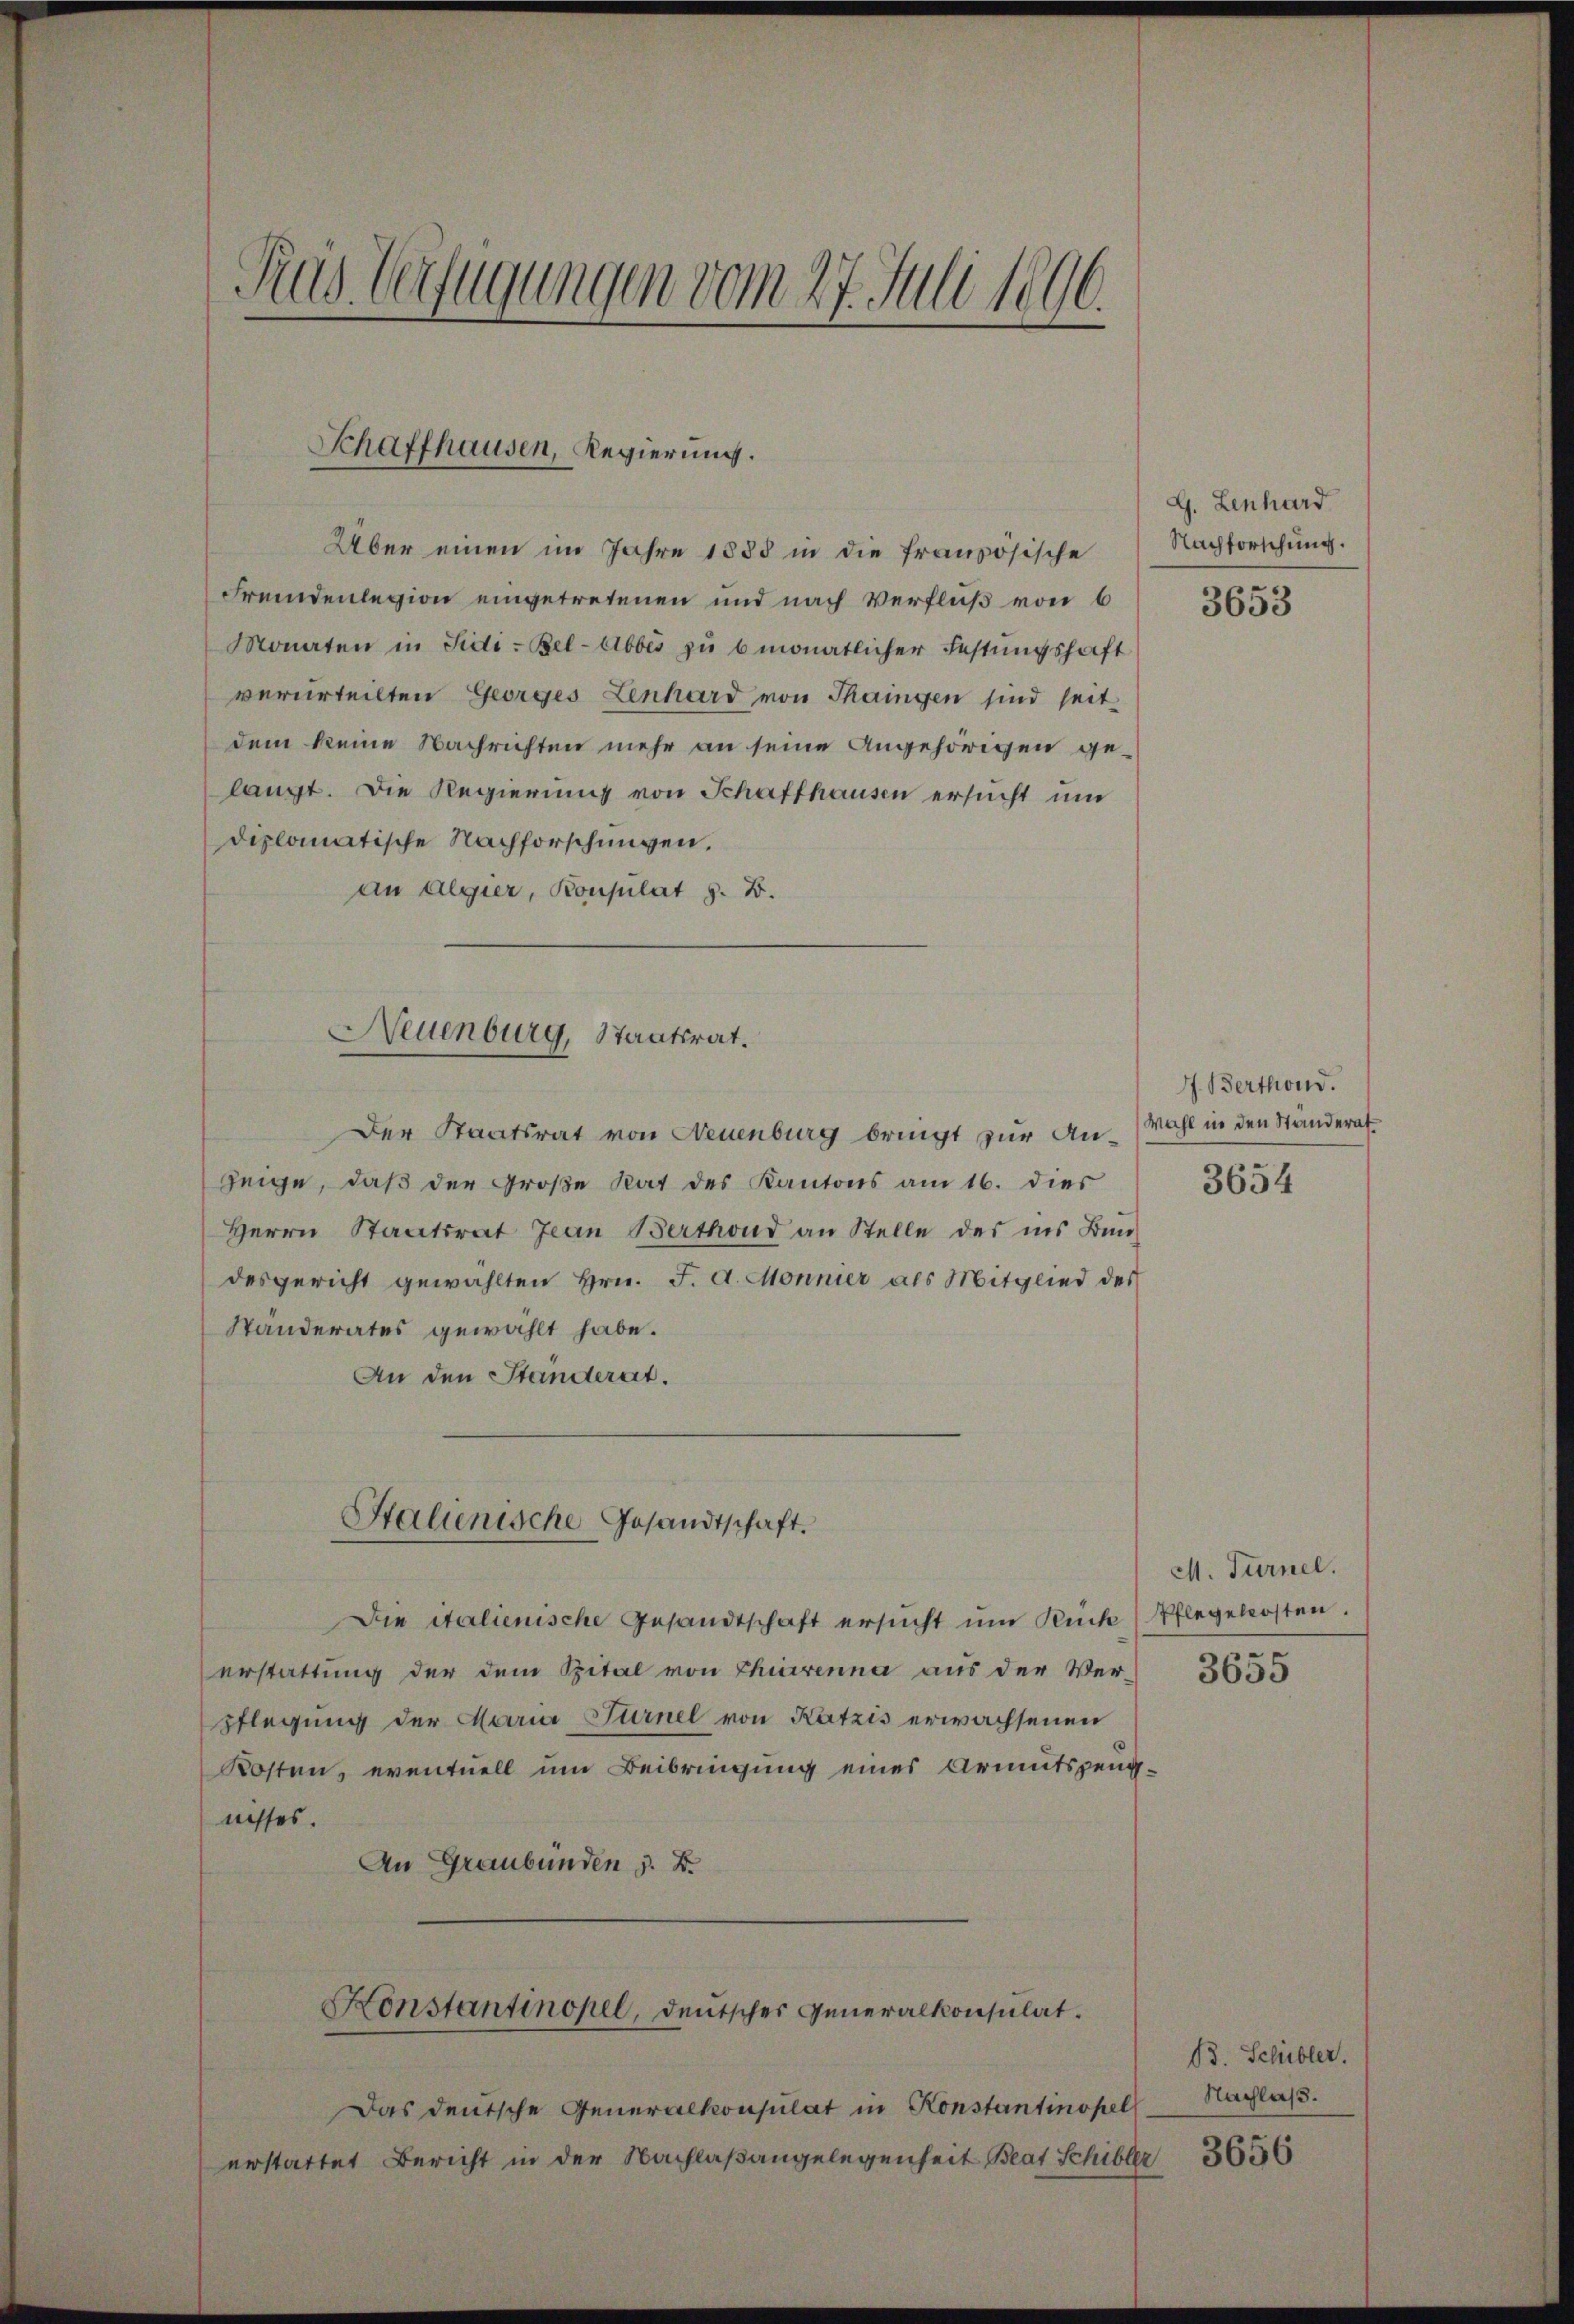
Pras Verfügungen vom 27. Juli 1896.

Schaffhausen, Regierung.

Neuenburg, Staatsrat.

Über einen im Jahre 1888 in die französische
Fremdenlegion eingetretenen und nach Verfluß von 6
Monaten in Sidi-Bel-Abbes zŭ bmonatlicher Festungshaft
verurteilten Georges Zenhard von Thaingen sind seit
dem keine Nachrichten mehr an seine Angehörigen ge-
langt. Die Regierung von Schaffhausen ersucht um
diplomatische Nachforschungen.
an Algier, Konsulat z. B.
Der Staatsrat von Neuenburg bringt zur Anzeige, daß der Große Rat des Kantons am 16. dies
Herrn Staatsrat Jean Berthond an Stelle des ins Bun-
desgericht gewählten Hrn. F. A. Monnier als Mitglied des
Standerates gewählt habe.
An den Standerat.
Stalienische Gesandtschaft.
Die italienische Gesandtschaft ersŭcht um Rück (Pflegekosten.
erstattung der dem Spital von Thierenna aus der Ver-
pflegung der Maria Turnel von Katzis erwachsenen
Kosten, eventuell um Beibringung eines Armutszeugnisses.
An Graubünden z. B.
Konstantinopel, deutscher Generalkonsulat.
Das deutsche Generalkonsulat in Konstantinopel
erstattet Bericht in der Nachlaßangelegenheit Beat Schiller

G. Lenhard
Nachforschung.
3653

I. Berthond.
Wahl in den Standerat
3654

M. Fürnel.
3655

B. Schibler.
Nachlaß.
3656